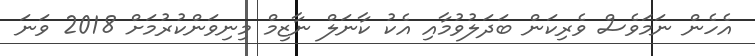
އެހެން ނަމަވެސް ވެރިކަން ބަދަލުވުމާއި އެކު ކާނަލް ނާޒިމް މިނިވަންކުރުމަށް 2018 ވަނަ